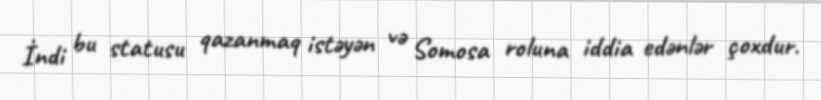
İndi bu statusu qazanmaq istəyən və Somosa roluna iddia edənlər çoxdur.